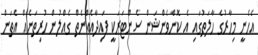
އެހެނީ މިހާރުގެ ހާލަތުގައި އެ ކޮންވެންޝަން ސެންޓަރަކީ ފައިދާއެއްނެތް ގެއްލުން ހުރިތަނެއް އެތަން